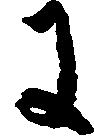
に